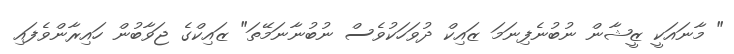
" މާނައަކީ ޒީޝާން ނުބުނެފިނަމަ ޒައިކް ދުވަހަކުވެސް ނުބުނާނަމޭތަ" ޒައިކްގެ ޖަވާބުން ހައިރާންވެފައި